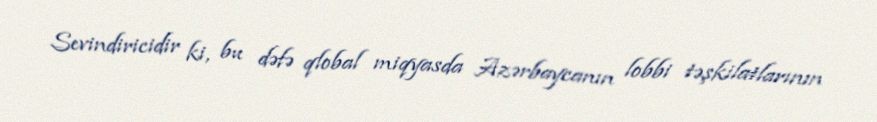
Sevindiricidir ki, bu dəfə qlobal miqyasda Azərbaycanın lobbi təşkilatlarının